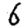
Digit: 6